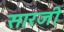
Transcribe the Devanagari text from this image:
सारजी